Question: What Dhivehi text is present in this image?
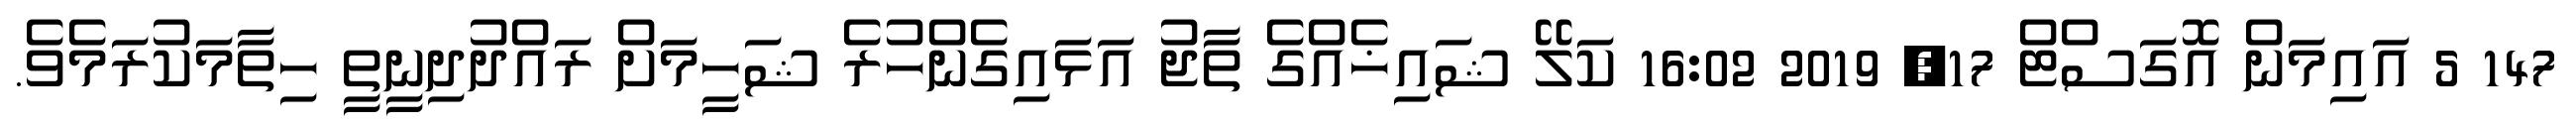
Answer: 147 5 އައިމަން އޮގަސްޓް 17, 2019 16:02 ކަލޭ ޝައިޚެއްގެ ތާޖު އަޅައިގެންހުރެ ޝަހީމަށް ރައްދުދިނީތީ ހިތާމަކުރަމެވެ.